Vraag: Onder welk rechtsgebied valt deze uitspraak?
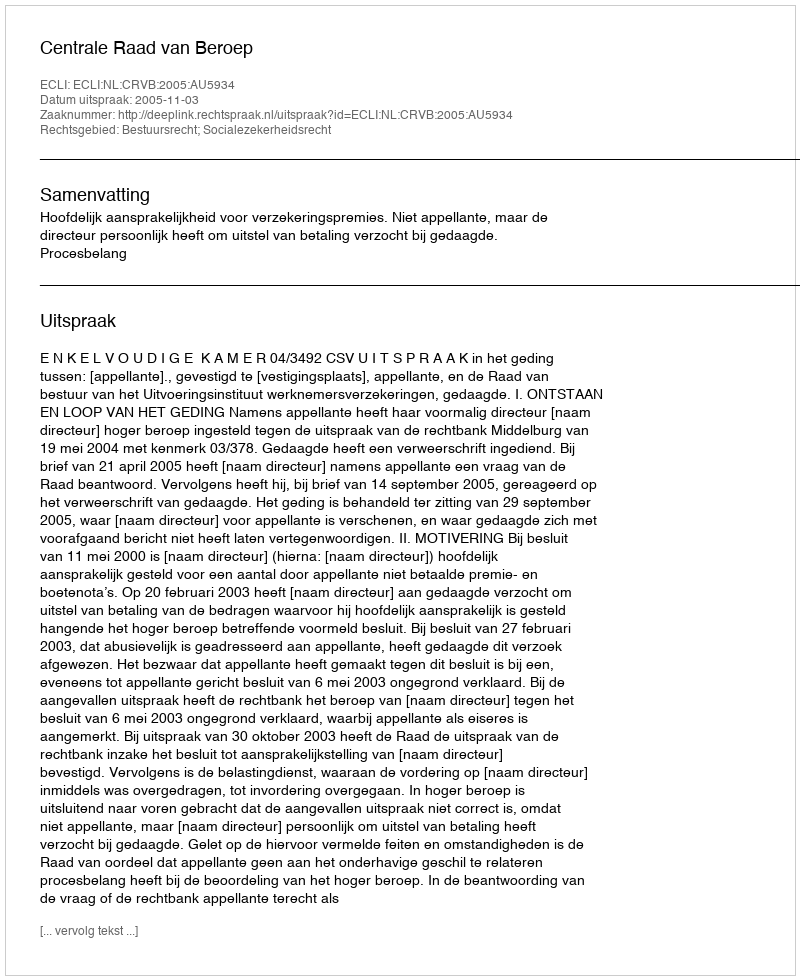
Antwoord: Bestuursrecht; Socialezekerheidsrecht